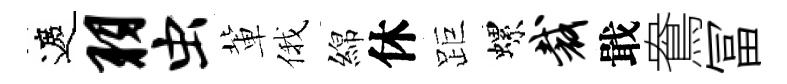
遮羽虫軰俄綿休距螺裁戢鴦冨